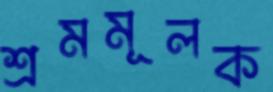
শ্রমমূলক